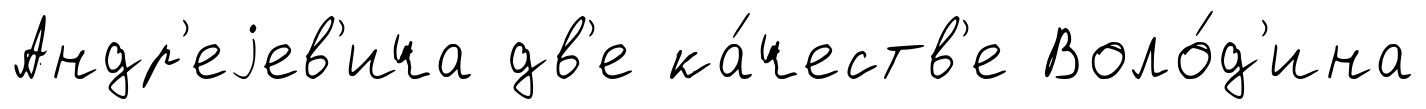
Андр'еjев'ича дв'е ка́честв'е Воло́д'ина